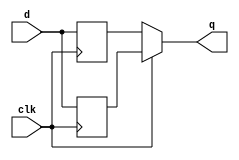
module top_module (
    input clk,
    input d,
    output q
);
    reg out1,out2;
    
    always @(posedge clk) begin
        out1<=d;
    end
    
    always @(negedge clk) begin
        out2 <=d;
    end
    assign q=clk?out1:out2;

endmodule